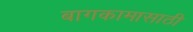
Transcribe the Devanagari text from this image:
बागकामासाठी